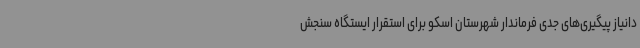
دانیاز پیگیری‌های جدی فرماندار شهرستان اسکو برای استقرار ایستگاه سنجش